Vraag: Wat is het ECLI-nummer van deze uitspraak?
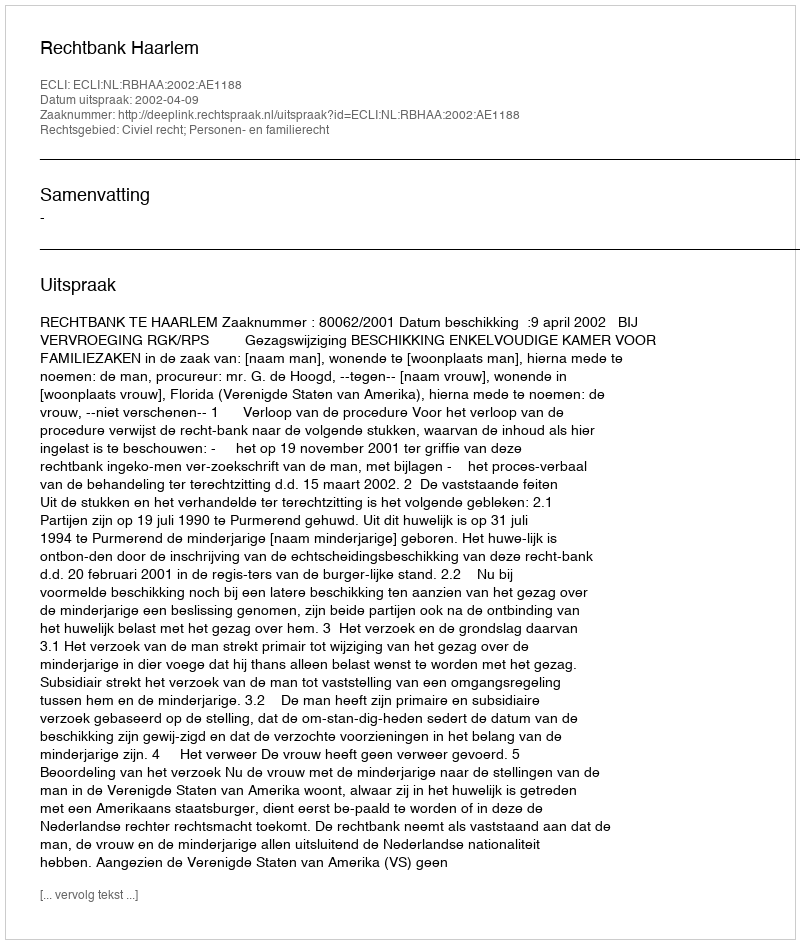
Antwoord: ECLI:NL:RBHAA:2002:AE1188